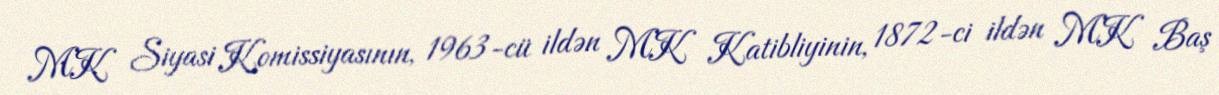
MK Siyasi Komissiyasının, 1963-cü ildən MK Katibliyinin, 1872-ci ildən MK Baş